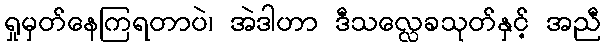
ရှုမှတ်နေကြရတာပဲ၊ အဲဒါဟာ ဒီသလ္လေခသုတ်နှင့် အညီ